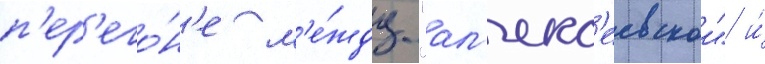
п'ер'его́н'е м'е́жду "ал'екс'еевскои" и́